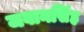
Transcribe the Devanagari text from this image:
जवानसिंह